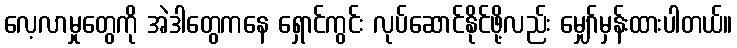
လေ့လာမှုတွေကို အဲဒါတွေကနေ ရှောင်ကွင်း လုပ်ဆောင်နိုင်ဖို့လည်း မျှော်မှန်းထားပါတယ်။